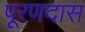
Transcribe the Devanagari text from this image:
पूरणदास